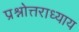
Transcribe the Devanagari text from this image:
प्रश्नोत्तराध्याय